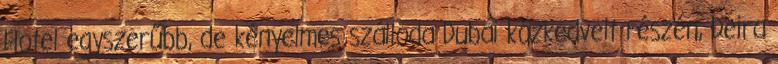
Hotel egyszerűbb, de kényelmes szálloda Dubai közkedvelt részén, Deira